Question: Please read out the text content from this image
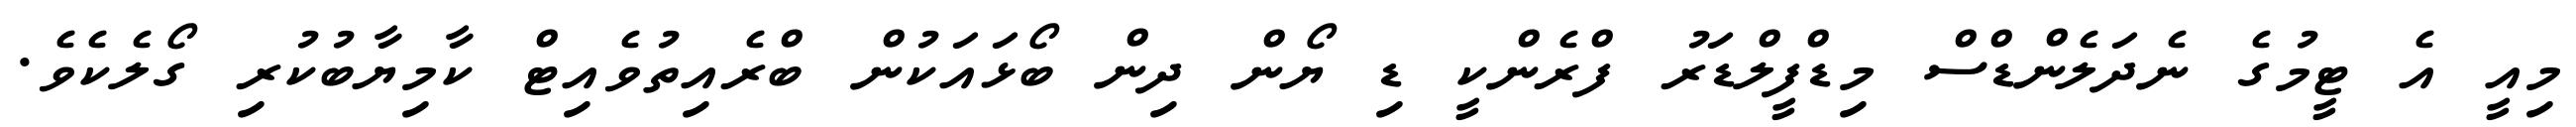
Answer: މިއީ އެ ޓީމުގެ ނެދަލެންޑްސް މިޑްފީލްޑަރު ފްރެންކީ ޑި ޔޯން ދިން ބޯޅައަކުން ބްރެއިތުވެއިޓް ކާމިޔާބުކުރި ގޯލެކެވެ.